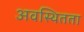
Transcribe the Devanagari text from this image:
अवस्थितता